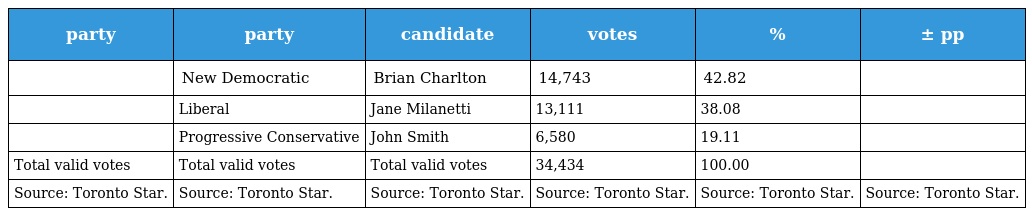
| party | party | candidate | votes | % | ± pp |
 | --- | --- | --- | --- | --- | --- |
 |  | New Democratic | Brian Charlton | 14,743 | 42.82 |  |
 |  | Liberal | Jane Milanetti | 13,111 | 38.08 |  |
 |  | Progressive Conservative | John Smith | 6,580 | 19.11 |  |
 | Total valid votes | Total valid votes | Total valid votes | 34,434 | 100.00 |  |
 | Source: Toronto Star. | Source: Toronto Star. | Source: Toronto Star. | Source: Toronto Star. | Source: Toronto Star. | Source: Toronto Star. |